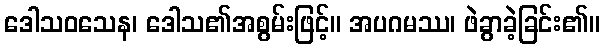
ဒေါသဝသေန၊ ဒေါသ၏အစွမ်းဖြင့်။ အပဂမဿ၊ ဖဲခွာခဲ့ခြင်း၏။